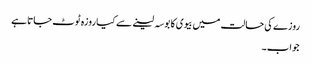
روزے کی حالت میں بیوی کا بوسہ لینے سے کیا روزہ ٹوٹ جاتا ہے
جواب۔